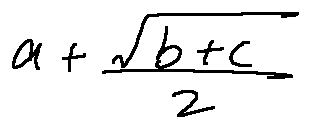
a + \frac { \sqrt { b + c } } { 2 }